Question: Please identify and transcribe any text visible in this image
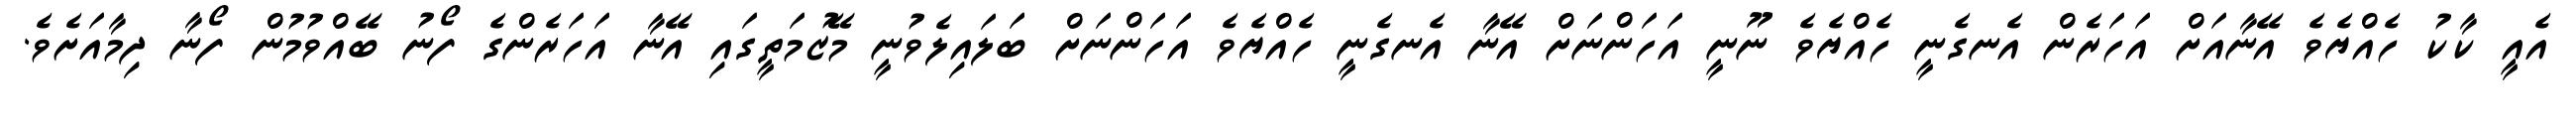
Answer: އެއީ ކާކު ހެއްޔެވެ އޭނާއަށް އަހަރެން އެނގެނީ ހެއްޔެވެ ނޫނީ އަހަންނަށް އޭނާ އެނގެނީ ހެއްޔެވެ އަހަންނަށް ބަލައިލެވުނީ މޭޒުމަތީގައި އޭނާ އަހަރެންގެ ފޯނު ބޭއްވުމުން ފޯނާ ދިމާއަށެވެ.